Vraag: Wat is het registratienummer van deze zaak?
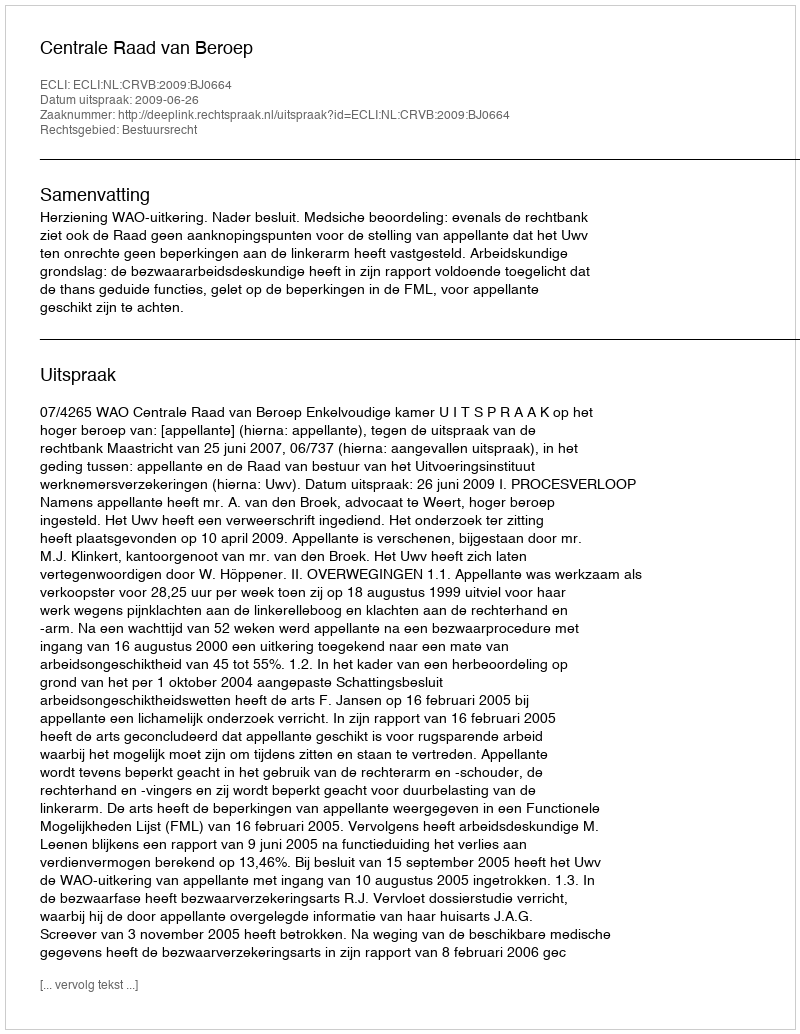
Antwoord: http://deeplink.rechtspraak.nl/uitspraak?id=ECLI:NL:CRVB:2009:BJ0664